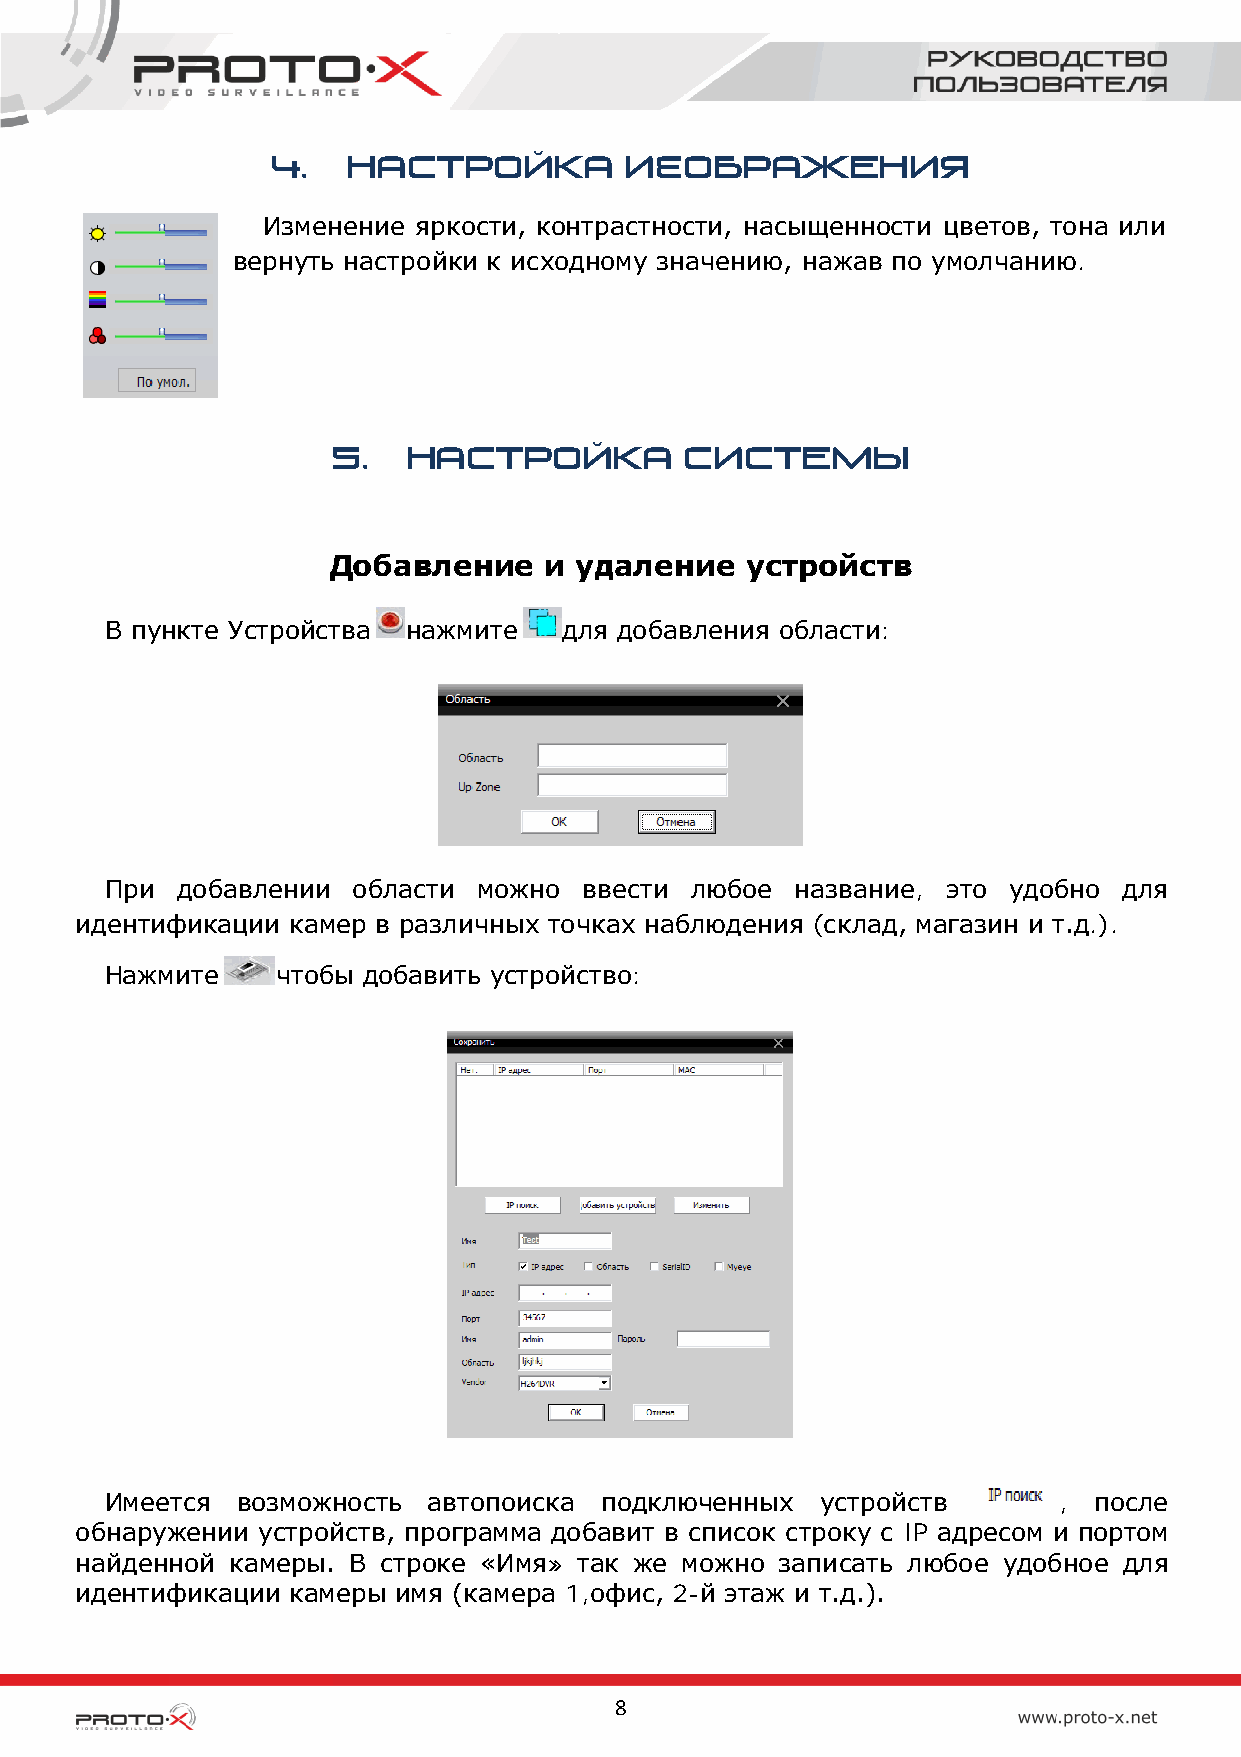
4.   Настройка         изображения
 Изменение яркости, контрастности, насыщенности цветов, тона или
 вернуть настройки к исходному значению, нажав по умолчанию.
 5.   Настройка         системы
 Добавление    и удаление   устройств
 В пункте Устройства нажмите   для добавления области:
 При  добавлении области  можно  ввести любое  название, это удобно для
 идентификации камер в различных точках наблюдения (склад, магазин и т.д.).
 Нажмите    чтобы добавить устройство:
 Имеется  возможность автопоиска  подключенных  устройств       , после
 обнаружении устройств, программа добавит в список строку с IP адресом и портом
 найденной камеры. В строке «Имя» так же можно  записать любое удобное для
 идентификации камеры имя (камера 1,офис, 2-й этаж и т.д.).
 8